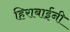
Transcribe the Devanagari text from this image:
हिराबाईंनी